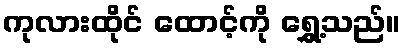
ကုလားထိုင် ထောင့်ကို ရွှေ့သည်။